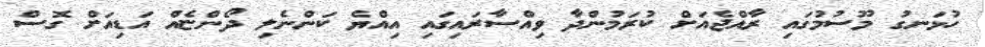
ހުޅަނގު މޫސުމުގައި ރާއްޖެއަށް ކުރަމުންދާ ވިއްސާރައިގައި އިއްޔެ ކަންނެލި ދޯންޏެއް އަޑިއަށް ގޮސް